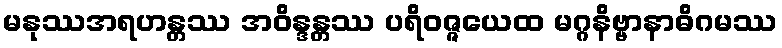
မနုဿအရဟန္တဿ အဝိန္ဒန္တဿ ပရိဝဇ္ဇယေထ မဂ္ဂနိဗ္ဗာနာဓိဂမဿ